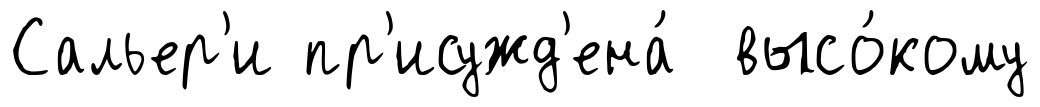
Сальер'и пр'исужд'ена́ высо́кому